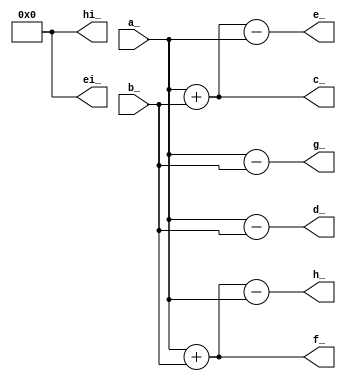
module add_( // @[add.v:1.1-25.10]
  output [7:0] hi_, // @[add.v:9.23-9.25]
  output [7:0] h_, // @[add.v:8.23-8.24]
  output [7:0] g_, // @[add.v:7.23-7.24]
  output [7:0] f_, // @[add.v:6.23-6.24]
  output [7:0] ei_, // @[add.v:5.16-5.18]
  output [7:0] e_, // @[add.v:4.16-4.17]
  output [7:0] d_, // @[add.v:3.16-3.17]
  output [7:0] c_, // @[add.v:2.16-2.17]
  input  [7:0] b_, // @[add.v:1.39-1.40]
  input  [7:0] a_ // @[add.v:1.24-1.25]
);
  wire [8:0] _GEN_3 = $signed(a_) + $signed(b_); // @[add.v:22 add.v:22]
  wire [7:0] _GEN_4 = _GEN_3[7:0]; // @[add.v:22 add.v:22]
  wire [8:0] _GEN_7 = $signed(_GEN_4) - $signed(a_); // @[add.v:22 add.v:22]
  wire [8:0] _GEN_11 = $signed(a_) - $signed(b_); // @[add.v:21 add.v:21]
  wire [8:0] _GEN_16 = a_ + b_; // @[add.v:14 add.v:14]
  wire [8:0] _GEN_17 = _GEN_16[7:0] - a_; // @[add.v:14 add.v:14]
  wire [8:0] _GEN_18 = a_ - b_; // @[add.v:13 add.v:13]
  assign hi_ = 8'h0;
  assign h_ = _GEN_7[7:0]; // @[add.v:22 add.v:22]
  assign g_ = _GEN_11[7:0]; // @[add.v:21 add.v:21]
  assign f_ = _GEN_3[7:0]; // @[add.v:20 add.v:20]
  assign ei_ = 8'h0;
  assign e_ = _GEN_17[7:0]; // @[add.v:14 add.v:14]
  assign d_ = _GEN_18[7:0]; // @[add.v:13 add.v:13]
  assign c_ = _GEN_16[7:0]; // @[add.v:12 add.v:12]
endmodule